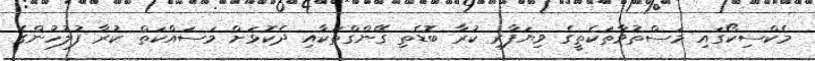
މެކްސިކޯގައި މަސްތުވާތަކެތީގެ ވިޔަފާރި ކުރާ ބޮޑެތި ގޭންގްތަކާއި ދެކޮޅަށް މަސައްކަތް ކުރާ ފުލުހުންގެ